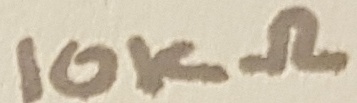
Text: 10KΩ